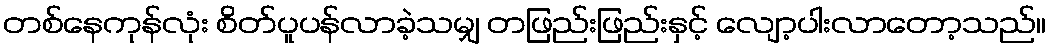
တစ်နေကုန်လုံး စိတ်ပူပန်လာခဲ့သမျှ တဖြည်းဖြည်းနှင့် လျော့ပါးလာတော့သည်။